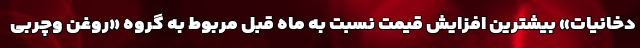
دخانیات» بیشترین افزایش قیمت نسبت به ماه قبل مربوط به گروه «روغن وچربی